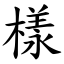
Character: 樣